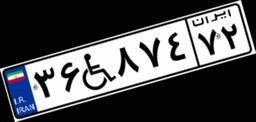
۳۶W۸۷۴۷۲